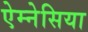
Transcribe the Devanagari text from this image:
ऐम्नेसिया